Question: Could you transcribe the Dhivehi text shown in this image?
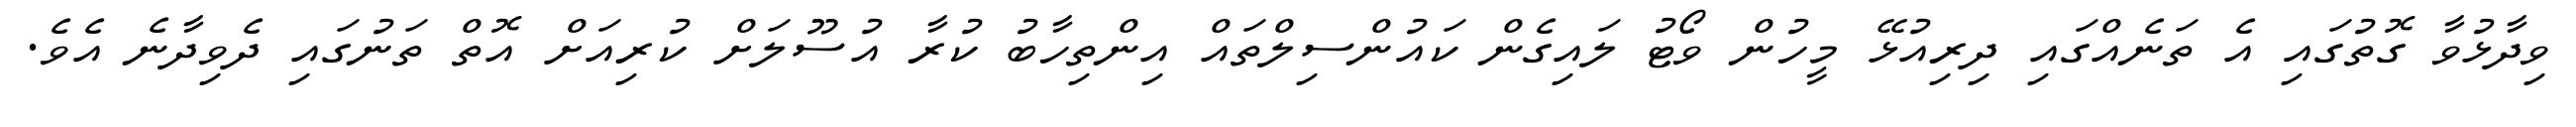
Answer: ވިދާޅުވާ ގޮތުގައި އެ ތަނެއްގައި ދިރިއުޅޭ މީހުން ވޯޓު ލައިގެން ކައުންސިލްތައް އިންތިހާބު ކުރާ އުސޫލަށް ކުރިއަށް އޮތް ތަނުގައި ދެވިދާނެ އެވެ.